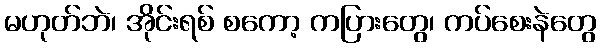
မဟုတ်ဘဲ၊ အိုင်းရစ် စကော့ ကပြားတွေ၊ ကပ်စေးနဲတွေ